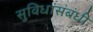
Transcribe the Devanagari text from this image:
सुविधांसंबंधी